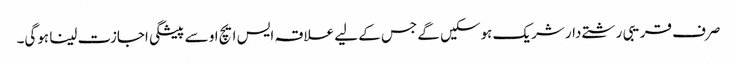
صرف قریبی رشتے دار شریک ہوسکیں گے جس کے لیے علاقہ ایس ایچ او سے پیشگی اجازت لینا ہوگی۔